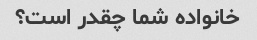
خانواده شما چقدر است؟